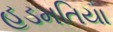
હડમતિયા